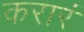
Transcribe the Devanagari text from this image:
करारं